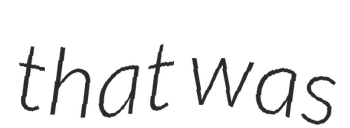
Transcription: that was